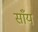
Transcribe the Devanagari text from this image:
साँय